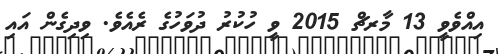
އިއްވެވީ 13 މާރޗް 2015 ވީ ހުކުރު ދުވަހުގެ ރެއެވެ. ވިދިގެން އައި